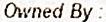
OWNED BY :